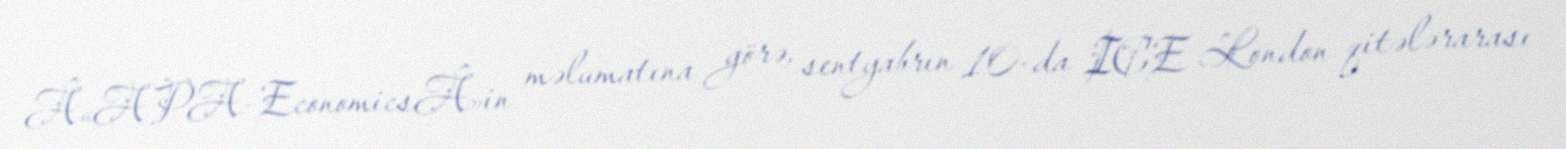
Â«APA-EconomicsÂ»in məlumatına görə, sentyabrın 10-da ICE London qitələrarası